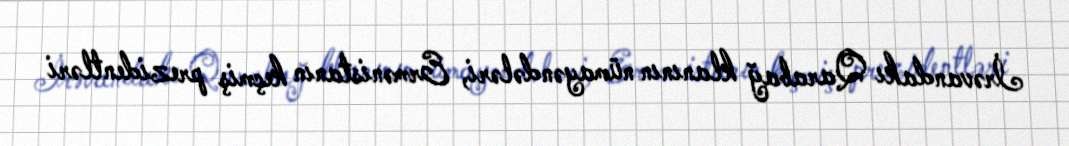
İrəvandakı Qarabağ klanının nümayəndələri, Ermənistanın keçmiş prezidentləri